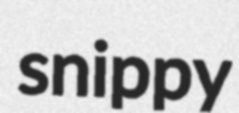
snippy